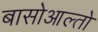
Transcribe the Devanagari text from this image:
बासोआल्तो